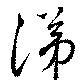
涕